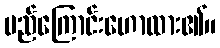
မည်ကြောင်းဟောထား၏။